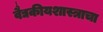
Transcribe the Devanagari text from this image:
वैद्यकीयशास्त्राचा